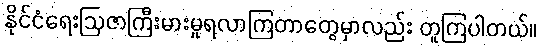
နိုင်ငံရေးဩဇာကြီးမားမှုရလာကြတာတွေမှာလည်း တူကြပါတယ်။